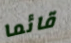
قائما